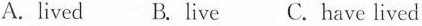
A. lived B. live C. have lived